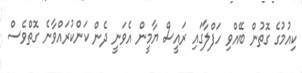
ކިއުމުގެ ގޮތުން ބޭއްވި ހަފްލާގައި ރައީސް ޔާމީން އެވަނީ ދެން ކަންކުރައްވާނެ ގޮތްވެސް